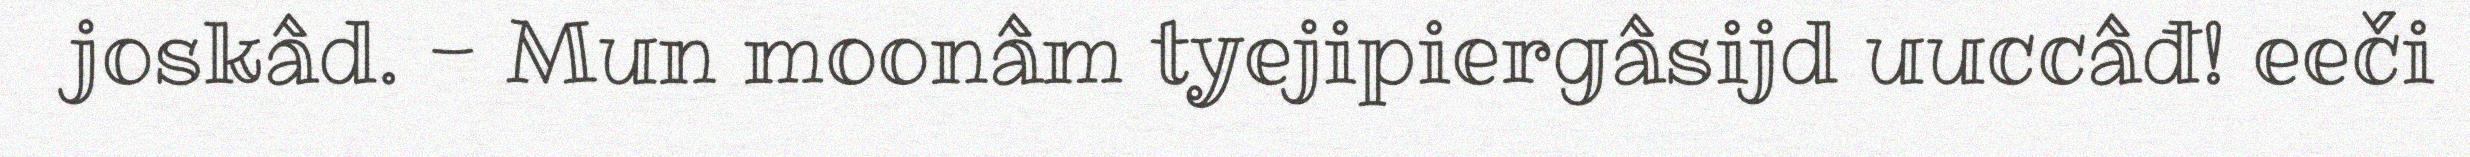
joskâd. - Mun moonâm tyejipiergâsijd uuccâđ! eeči